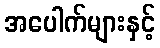
အပေါက်များနှင့်